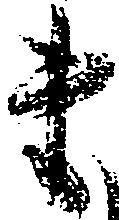
ま